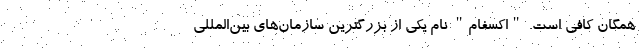
همگان کافی است. "اکسفام" نام یکی از بزرگترین سازمان‌های بین‌المللی